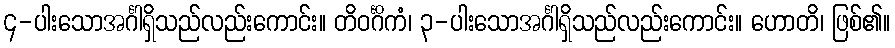
၄-ပါးသောအင်္ဂါရှိသည်လည်းကောင်း။ တိဝင်္ဂိကံ၊ ၃-ပါးသောအင်္ဂါရှိသည်လည်းကောင်း။ ဟောတိ၊ ဖြစ်၏။